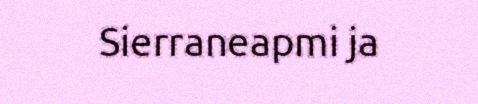
Sierraneapmi ja